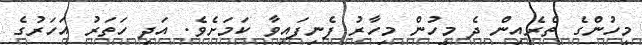
މީހުންގެ ތެރެއިން ދެ މީހުން މިހާރު ފެނިފައިވާ ކަމަށެވެ. އަދި ހަތަރު އަހަރުގެ